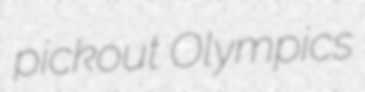
pickout Olympics